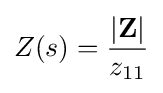
Z(s)={\frac {|\mathbf {Z} |}{z_{11}}}